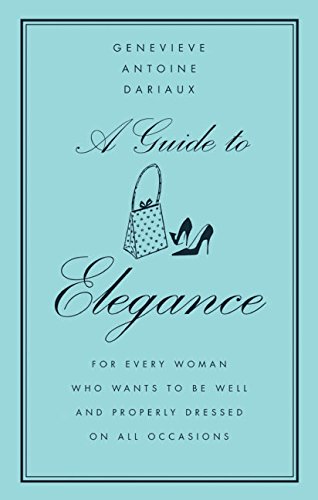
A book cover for A Guide to Elegance: For Every Woman Who Wants to Be Well and Properly Dressed on All Occasions; Genevieve Antoine Dariaux; Health, Fitness & Dieting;